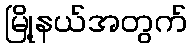
မြို့နယ်အတွက်